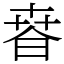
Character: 𣇸